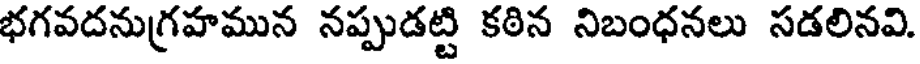
భగవదనుగ్రహమున నప్పుడట్టి కఠిన నిబంధనలు సడలినవి.